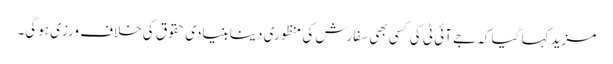
مزید کہا گیا کہ جے آئی ٹی کی کسی بھی سفارش کی منظوری دینا بنیادی حقوق کی خلاف ورزی ہوگی۔